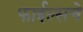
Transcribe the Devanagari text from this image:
फाईल्सचे